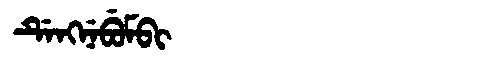
Manchu: ᡩᡝᠩᠨᡝᠪᡠᠮᠪᡳ
Romanization: DENGNEBUMBI